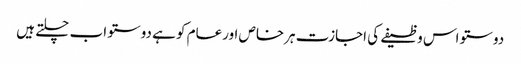
دوستو اس وظیفے کی اجازت ہرخاص اورعام کو ہے دوستو اب چلتے ہیں